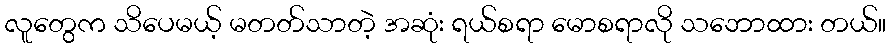
လူတွေက သိပေမယ့် မတတ်သာတဲ့ အဆုံး ရယ်စရာ မောစရာလို သဘောထား တယ်။